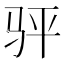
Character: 𬳴